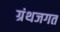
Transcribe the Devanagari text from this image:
ग्रंथजगत